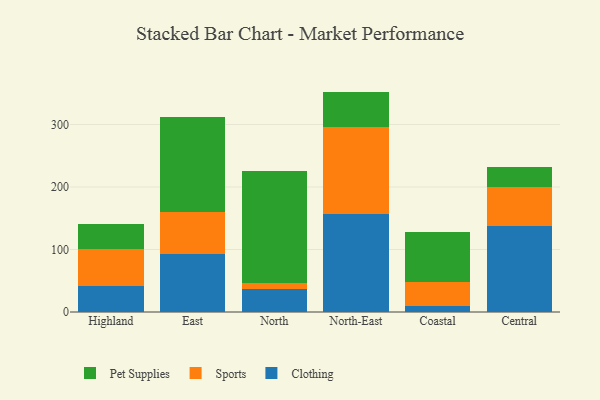
{"axis": {"x": "Region", "y": "Customer Acquisition Cost (USD)"}, "legend": ["Clothing", "Pet Supplies", "Sports"], "data": [{"x": "Highland", "y": 42.2, "type": "Clothing"}, {"x": "Highland", "y": 58.1, "type": "Sports"}, {"x": "Highland", "y": 40.1, "type": "Pet Supplies"}, {"x": "East", "y": 93.0, "type": "Clothing"}, {"x": "East", "y": 67.0, "type": "Sports"}, {"x": "East", "y": 152.5, "type": "Pet Supplies"}, {"x": "North", "y": 36.7, "type": "Clothing"}, {"x": "North", "y": 10.4, "type": "Sports"}, {"x": "North", "y": 178.0, "type": "Pet Supplies"}, {"x": "North-East", "y": 156.5, "type": "Clothing"}, {"x": "North-East", "y": 140.1, "type": "Sports"}, {"x": "North-East", "y": 56.0, "type": "Pet Supplies"}, {"x": "Coastal", "y": 10.3, "type": "Clothing"}, {"x": "Coastal", "y": 38.3, "type": "Sports"}, {"x": "Coastal", "y": 78.6, "type": "Pet Supplies"}, {"x": "Central", "y": 137.9, "type": "Clothing"}, {"x": "Central", "y": 62.6, "type": "Sports"}, {"x": "Central", "y": 30.8, "type": "Pet Supplies"}]}